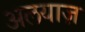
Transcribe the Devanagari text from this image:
अलयाज़